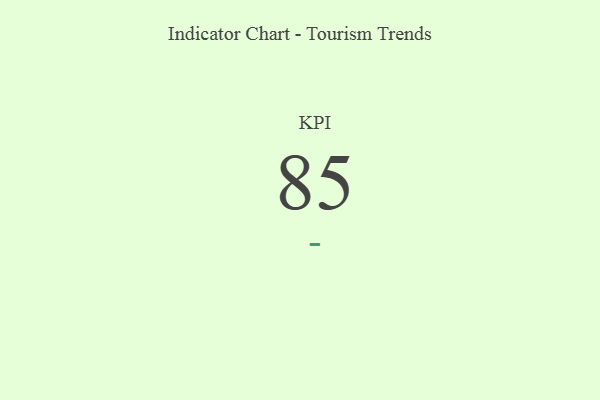
{"axis": {"x": "KPI", "y": "Value"}, "legend": [""], "data": [{"x": "KPI", "y": 85, "type": ""}]}